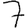
Digit: 7